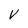
Character: V